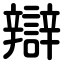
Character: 辯